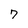
Character: 7